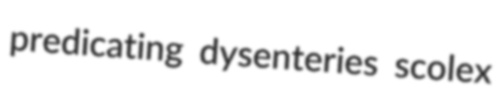
predicating dysenteries scolex